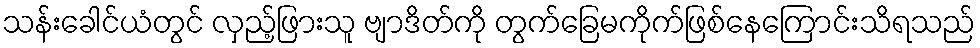
သန်းခေါင်ယံတွင် လှည့်ဖြားသူ ဗျာဒိတ်ကို တွက်ခြေမကိုက်ဖြစ်နေကြောင်းသိရသည်